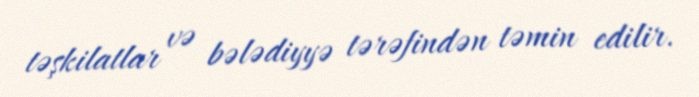
təşkilatlar və bələdiyyə tərəfindən təmin edilir.